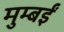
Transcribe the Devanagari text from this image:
मुम्बईं